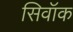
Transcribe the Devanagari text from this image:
सिवॉक